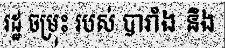
រដ្ឋ ចម្រុះ របស់ បារាំង និង